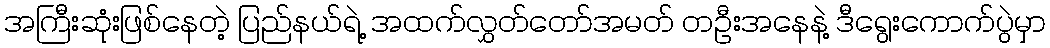
အကြီးဆုံးဖြစ်နေတဲ့ ပြည်နယ်ရဲ့ အထက်လွှတ်တော်အမတ် တဦးအနေနဲ့ ဒီရွေးကောက်ပွဲမှာ